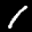
Label: 1